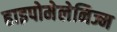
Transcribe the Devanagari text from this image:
हाइपोमेलेनिज्म